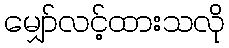
မျှော်လင့်ထားသလို